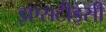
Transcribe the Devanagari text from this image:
इएसटीइसी